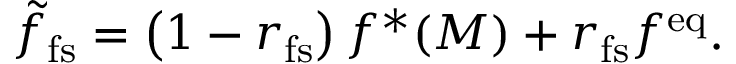
\tilde { f } _ { \mathrm { f s } } = \left( 1 - r _ { \mathrm { f s } } \right) f ^ { * } ( M ) + r _ { \mathrm { f s } } f ^ { \mathrm { e q } } .